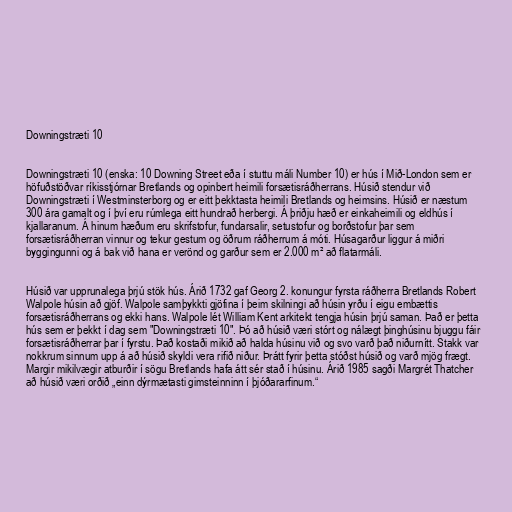
Downingstræti 10

Downingstræti 10 (enska: 10 Downing Street eða í stuttu máli Number 10) er hús í Mið-London sem er
höfuðstöðvar ríkisstjórnar Bretlands og opinbert heimili forsætisráðherrans. Húsið stendur við
Downingstræti í Westminsterborg og er eitt þekktasta heimili Bretlands og heimsins. Húsið er næstum
300 ára gamalt og í því eru rúmlega eitt hundrað herbergi. Á þriðju hæð er einkaheimili og eldhús í
kjallaranum. Á hinum hæðum eru skrifstofur, fundarsalir, setustofur og borðstofur þar sem
forsætisráðherran vinnur og tekur gestum og öðrum ráðherrum á móti. Húsagarður liggur á miðri
byggingunni og á bak við hana er verönd og garður sem er 2.000 m² að flatarmáli.

Húsið var upprunalega þrjú stök hús. Árið 1732 gaf Georg 2. konungur fyrsta ráðherra Bretlands Robert
Walpole húsin að gjöf. Walpole samþykkti gjöfina í þeim skilningi að húsin yrðu í eigu embættis
forsætisráðherrans og ekki hans. Walpole lét William Kent arkitekt tengja húsin þrjú saman. Það er þetta
hús sem er þekkt í dag sem "Downingstræti 10". Þó að húsið væri stórt og nálægt þinghúsinu bjuggu fáir
forsætisráðherrar þar í fyrstu. Það kostaði mikið að halda húsinu við og svo varð það niðurnítt. Stakk var
nokkrum sinnum upp á að húsið skyldi vera rifið niður. Þrátt fyrir þetta stóðst húsið og varð mjög frægt.
Margir mikilvægir atburðir í sögu Bretlands hafa átt sér stað í húsinu. Árið 1985 sagði Margrét Thatcher
að húsið væri orðið „einn dýrmætasti gimsteinninn í þjóðararfinum.“